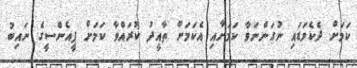
ކަމަށް ދެކެވަޑައި ނުގަންނަވާ ކަމަށާއި އެކަމަށް ތާއީދު ކުރައްވާ ކަމަށް ޕީއެންސީގެ ނައިބު